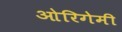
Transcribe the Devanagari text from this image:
ओरिगेमी